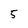
Character: 5